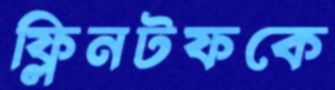
ফ্লিনটফকে